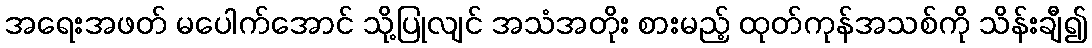
အရေးအဖတ် မပေါက်အောင် သို့ပြုလျင် အသံအတိုး စားမည့် ထုတ်ကုန်အသစ်ကို သိန်းချီ၍